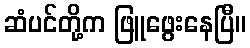
ဆံပင်တို့က ဖြူဖွေးနေပြီ။